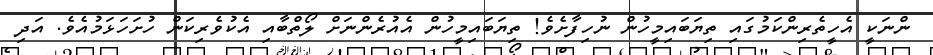
ންނަކީ އެހީތެރިންކަމުގައި ތިޔަބައިމީހުން ނުހިފާށެވެ! ތިޔަބައިމީހުން އެއުރެންނަށް ލޯތްބާއި އެކުވެރިކަން ހުށަހަޅަމުއެވެ. އަދި